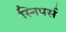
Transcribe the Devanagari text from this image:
स्निपर्स